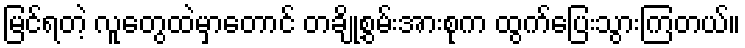
မြင်ရတဲ့ လူတွေထဲမှာတောင် တချို့စွမ်းအားစုက ထွက်ပြေးသွားကြတယ်။